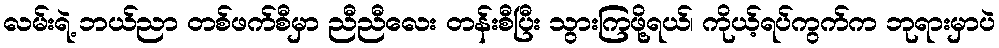
လမ်းရဲ့ ဘယ်ညာ တစ်ဖက်စီမှာ ညီညီလေး တန်းစီပြီး သွားကြဖို့ရယ်၊ ကိုယ့်ရပ်ကွက်က ဘုရားမှာပဲ